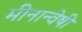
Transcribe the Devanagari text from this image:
मीनान्वेषी